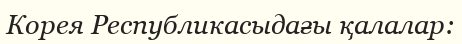
Корея Республикасыдағы қалалар: